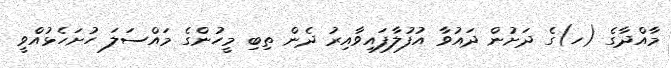
މާއްދާގެ (ހ)ގެ ދަށުން ދައުވާ އުފުލާފައިވާއިރު ދެން ތިބި މީހުންގެ މައްސަލަ ހުށަހެޅުއްވީ